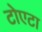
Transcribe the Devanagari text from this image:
टोएटा